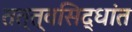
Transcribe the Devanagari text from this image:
तत्त्वसिद्धांत